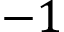
- 1